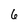
Character: 6